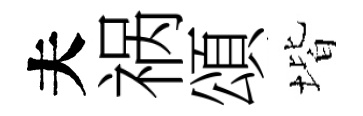
夫祸頌堦